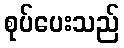
စုပ်ပေးသည်